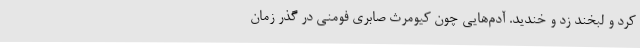
کرد و لبخند زد و خندید. آدم‌هایی چون کیومرث صابری فومنی در گذر زمان